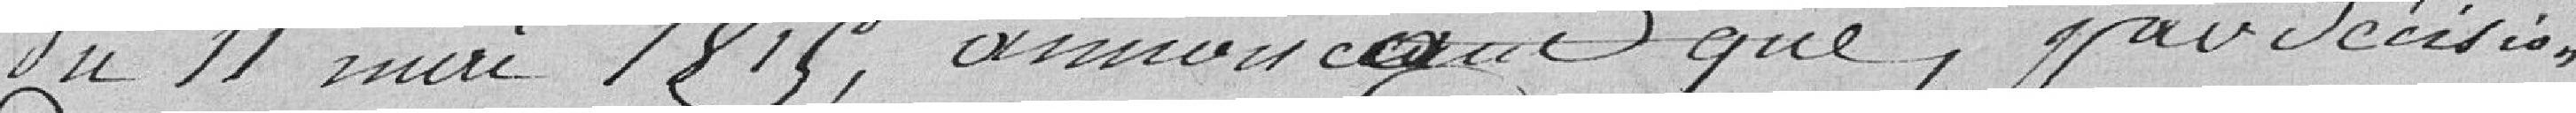
du 11 mai 1815, annonce que, par décision